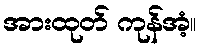
အားထုတ် ကုန်အံ့။